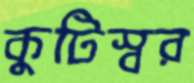
কুটিস্বর